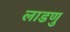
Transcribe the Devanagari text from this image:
लाडणु